Leningradi_Edasi_toimetus, lk 72
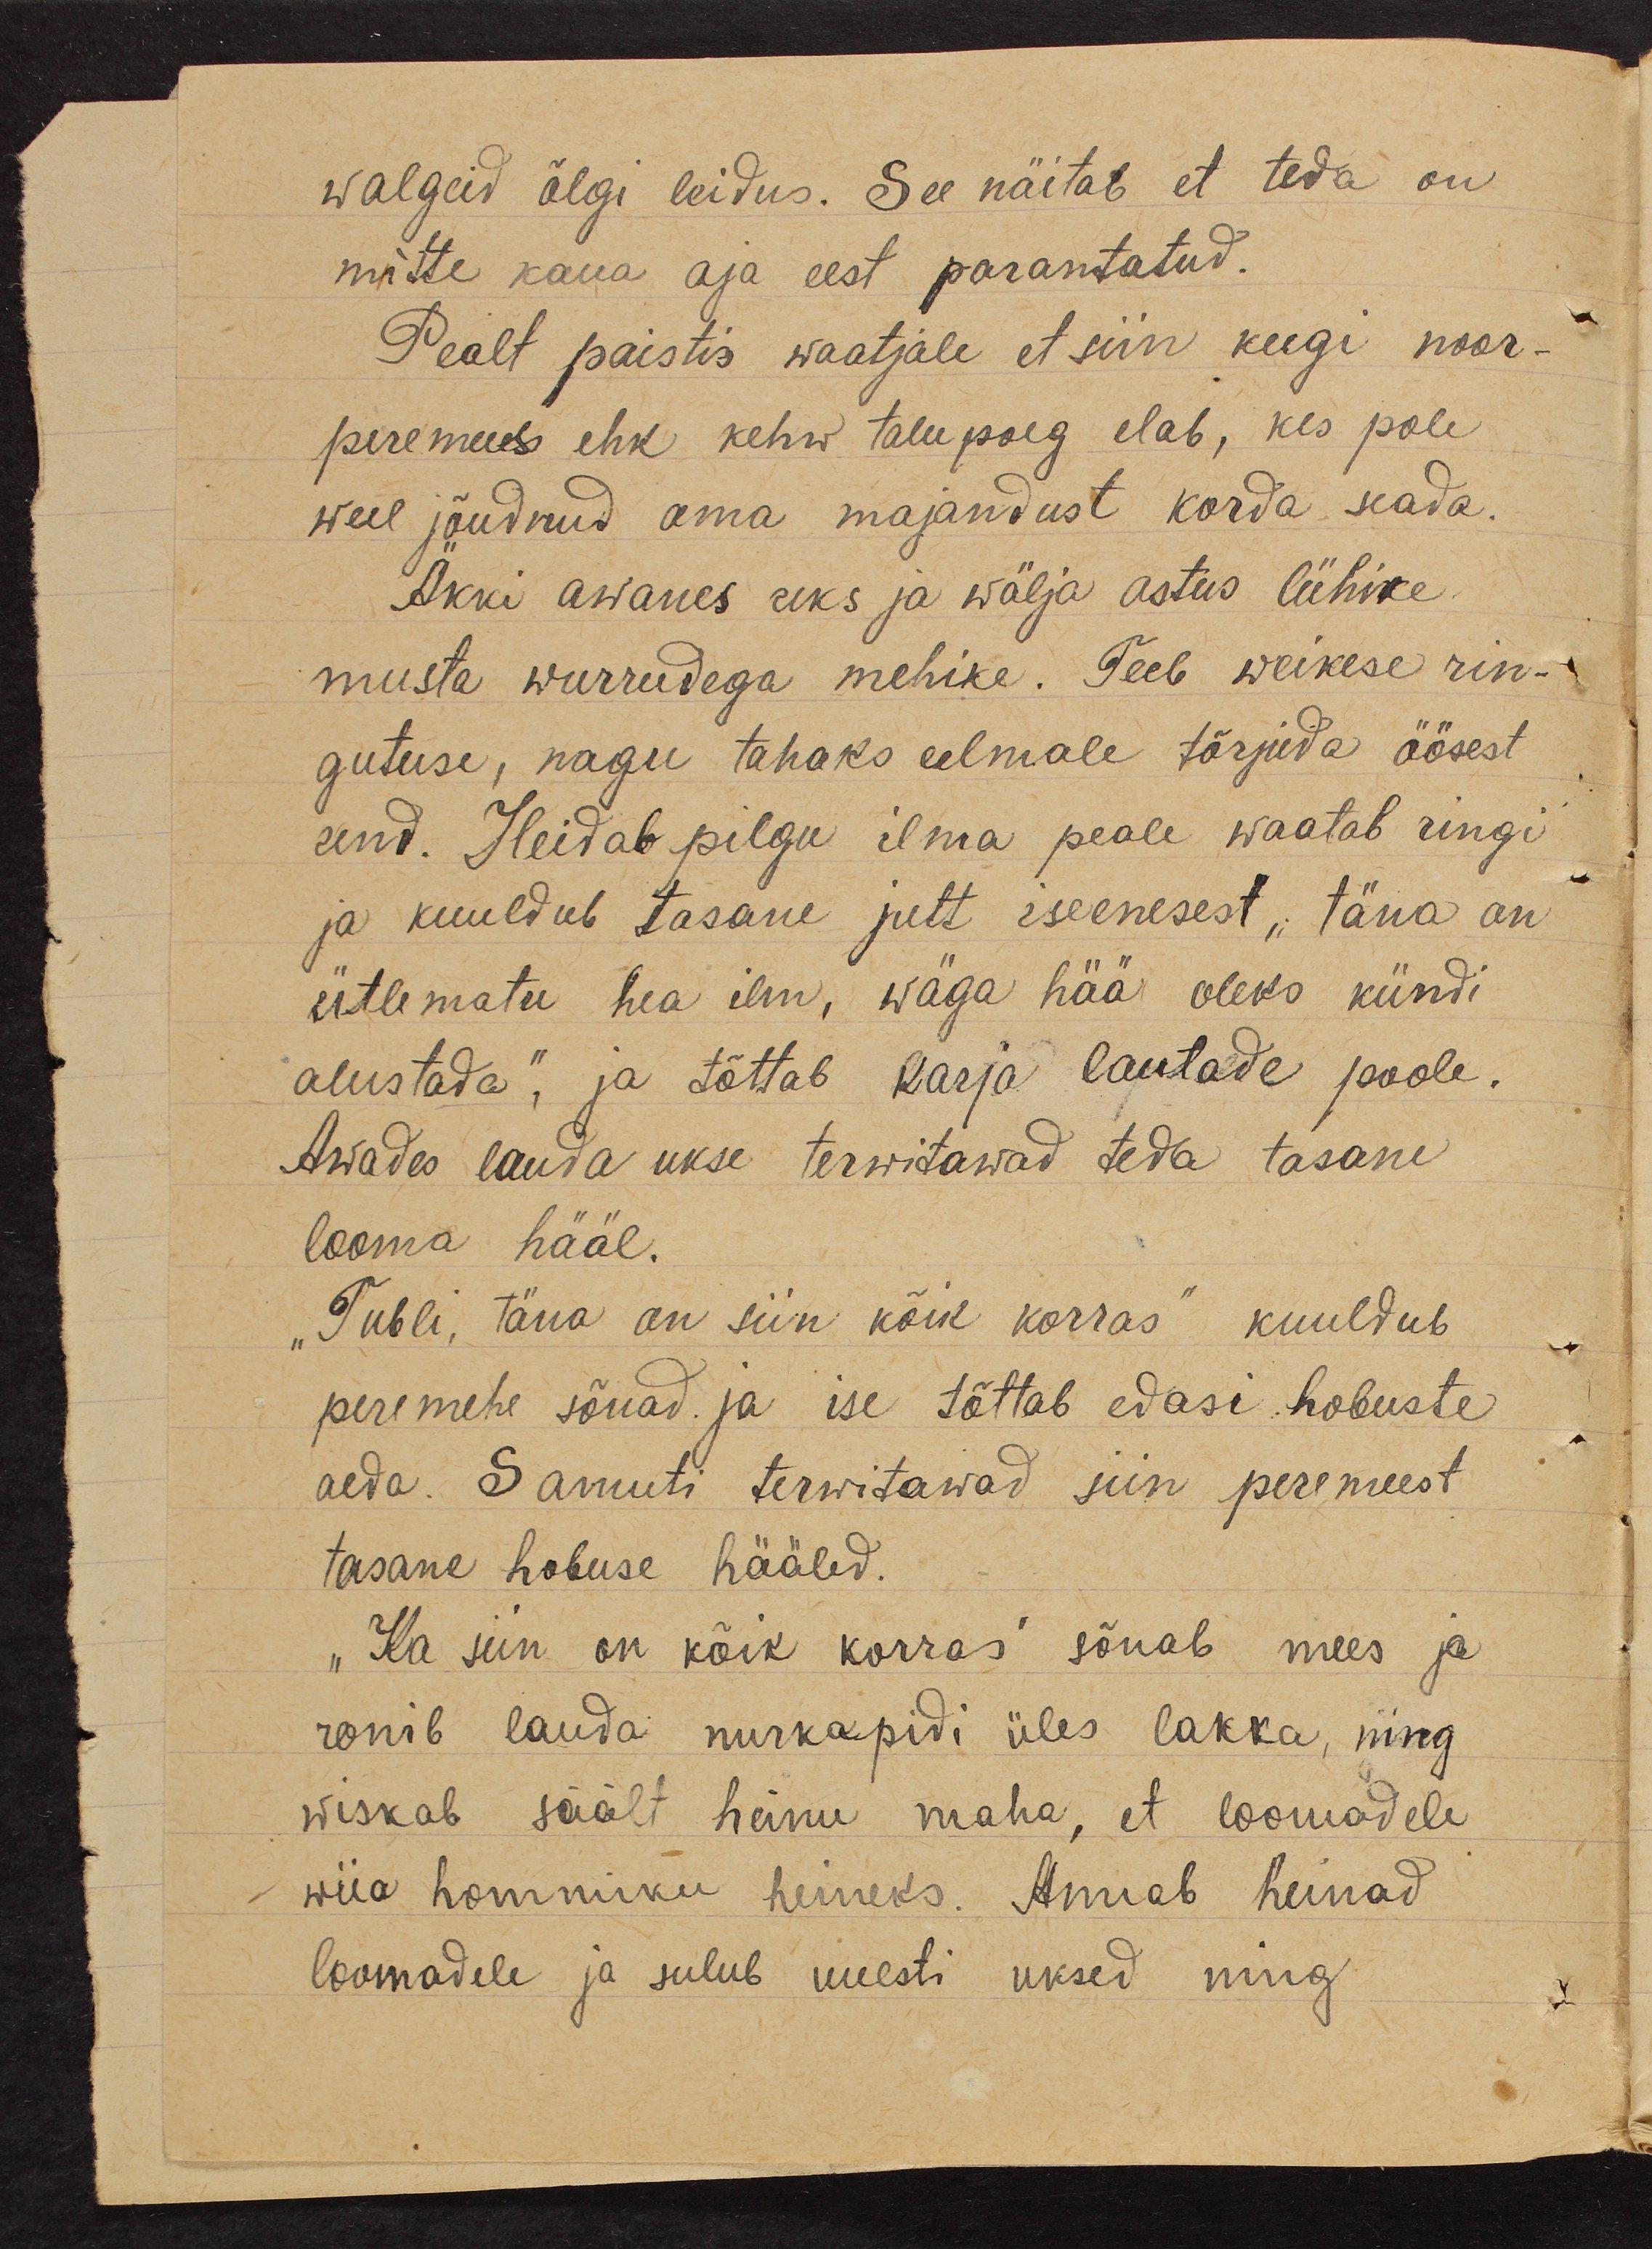
walgeid õlgi leidus. See näitab et teda on
mitte kaua aja eest parantatud.
Pealt paistis waatjale et siin keegi noor-
peremees ehk kehw talupoeg elab, kes pole
weel jõudnud oma majandust korda seada.
Äkki awanes uks ja wälja astus lühike
musta wurrudega mehike. Teeb weikese rin-
gutuse, nagu tahaks eelmale tõrjuda öösest
und. Heidab pilgu ilma peale waatab ringi
ja kuuldub tasane jutt iseenesest " täna on
ütlematu hea ilm, wäga hää oleks kündi
alustada", ja tõttab karja lautade poole.
Awades lauda ukse terwitawad teda tasane
looma hääl.
"Tubli, täna on siin kõik korras" kuuldub
peremehe sõnad. ja ise tõttab edasi hobuste
aeda. Samuti terwitawad siin peremeest
tasane hobuse hääled.
„Ka siin on kõik korras" sõnab mees ja
ronib lauda nurkapidi üles lakka, ning
wiskab säält heinu maha, et loomadele
wiia hommiku heineks. Annab heinad
loomadele ja sulub uuesti uksed ning